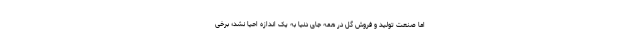
اما صنعت تولید و فروش گل در همه جای دنیا به یک اندازه احیا نشد؛ برخی